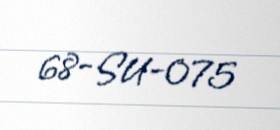
68-SU-075